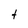
Character: t